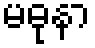
မဓုနာ